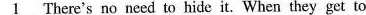
\underline{1 } There's no need to